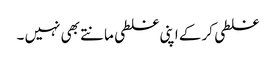
غلطی کر کے اپنی غلطی مانتے بھی نہیں ۔